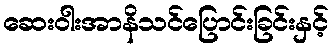
ဆေးဝါးအာနိသင်ပြောင်းခြင်းနှင့်